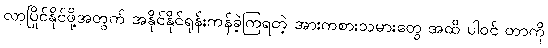
လာပြိုင်နိုင်ဖို့အတွက် အနိုင်နိုင်ရုန်းကန်ခဲ့ကြရတဲ့ အားကစားသမားတွေ အထိ ပါဝင် တာကို